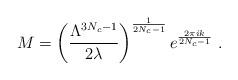
LaTeX: \begin{align*}M=\left(\frac{\Lambda^{3N_c-1}}{2 \lambda} \right)^{\frac{1}{2N_c-1}} e^{\frac{2 \pi i k}{2N_c-1}} ~.\end{align*}